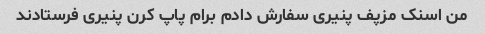
من اسنک مزپف پنیری سفارش دادم برام پاپ کرن پنیری فرستادند